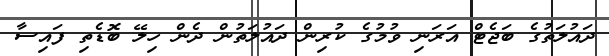
ދައުލަތުގެ ބަޖެޓް އަރަނި ވުމުގެ ކުރިން ދައުލަތުން ދެން ހިލޭ ބޮޑެތި ފައިސާ